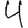
Digit: 4